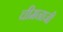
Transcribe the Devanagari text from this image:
चीमनाजी